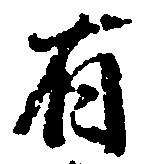
有